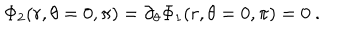
\Phi _ { 2 } ( r , \theta = 0 , \pi ) = \partial _ { \theta } \Phi _ { 1 } ( r , \theta = 0 , \pi ) = 0 \ .